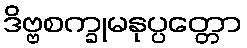
ဒိဗ္ဗစက္ခုမနုပ္ပတ္တော